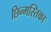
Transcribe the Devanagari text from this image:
छिन्मस्तिका